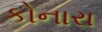
કોનારા